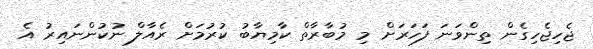
ޖެހިޖެހިގެން ތިންވަނަ ފަހަރަށް މި މުބާރާތް ކާމިޔާބު ކުރުމަށް ރެއާލް ނުކުންނައިރު އެ